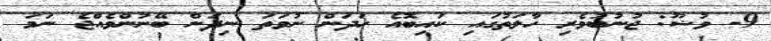
9- ވުޟޫ: ޖުނުބުވެރި ހާލަތުގައި ކައިބޮއެ ހަދަން ނުވަތަ ނިދަން ބޭނުންވެއްޖެ ނަމަ